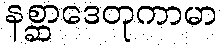
နစ္ဆာဒေတုကာမာ